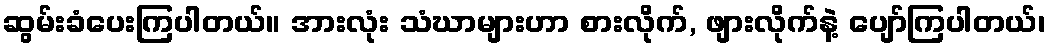
ဆွမ်းခံပေးကြပါတယ်။ အားလုံး သံဃာများဟာ စားလိုက်, ဖျားလိုက်နဲ့ ပျော်ကြပါတယ်၊